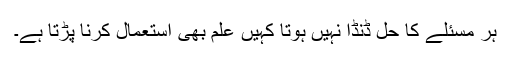
ہر مسئلے کا حل ڈنڈا نہیں ہوتا کہیں علم بھی استعمال کرنا پڑتا ہے۔